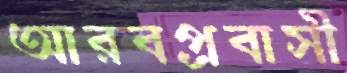
আরবপ্রবাসী